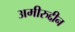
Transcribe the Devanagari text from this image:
अमीरुद्दीन